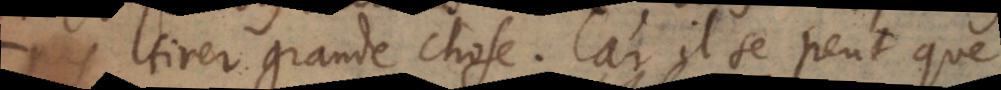
tirer grande chose. Car il se peut que